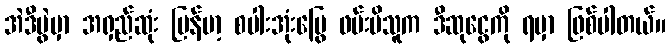
အဲဒီပွဲမှာ အရှည်ဆုံး မြန်မာ့ စပါးအုံးမြွေ ဖမ်းမိသူက ဒီဆုငွေကို ရမှာ ဖြစ်ပါတယ်။